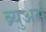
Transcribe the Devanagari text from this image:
ब्र्युअर्स